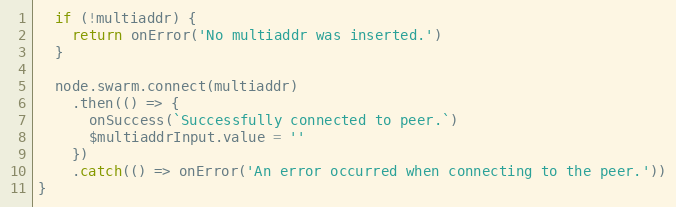
Language: JavaScript
  if (!multiaddr) {
    return onError('No multiaddr was inserted.')
  }

  node.swarm.connect(multiaddr)
    .then(() => {
      onSuccess(`Successfully connected to peer.`)
      $multiaddrInput.value = ''
    })
    .catch(() => onError('An error occurred when connecting to the peer.'))
}